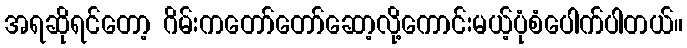
အရဆိုရင်တော့ ဂိမ်းကတော်တော်ဆော့လို့ကောင်းမယ့်ပုံစံပေါက်ပါတယ်။